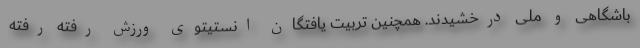
باشگاهی و ملی درخشیدند. همچنین تربیت یافتگان انستیتوی ورزش رفته رفته